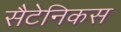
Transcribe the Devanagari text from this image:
सैटेनिकस